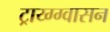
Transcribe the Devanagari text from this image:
ट्राय्ग्ग्वासन